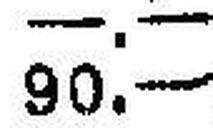
90.—